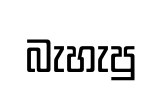
බැහැපු